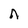
Character: n